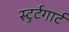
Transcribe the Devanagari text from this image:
स्टुर्टगार्ट